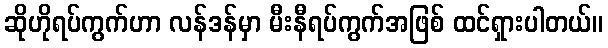
ဆိုဟိုရပ်ကွက်ဟာ လန်ဒန်မှာ မီးနီရပ်ကွက်အဖြစ် ထင်ရှားပါတယ်။